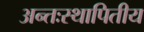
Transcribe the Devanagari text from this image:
अन्तःस्थापितीय